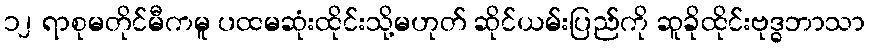
၁၂ ရာစုမတိုင်မီကမူ ပထမဆုံးထိုင်းသို့မဟုတ် ဆိုင်ယမ်းပြည်ကို ဆူခိုထိုင်းဗုဒ္ဓဘာသာ